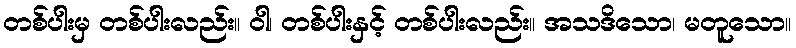
တစ်ပါးမှ တစ်ပါးလည်း။ ဝါ၊ တစ်ပါးနှင့် တစ်ပါးလည်း။ အသဒိသော၊ မတူသော။